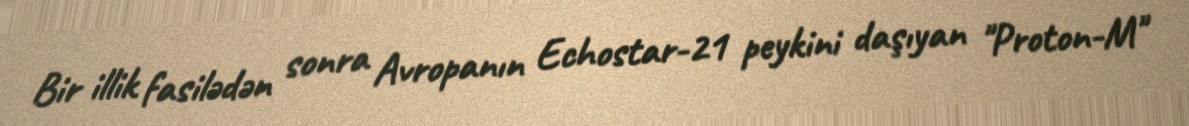
Bir illik fasilədən sonra Avropanın Echostar-21 peykini daşıyan "Proton-M"